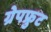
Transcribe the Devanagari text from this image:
ग्रेपफ्रुट